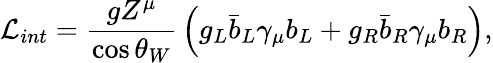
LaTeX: {\cal L}_{int}={\frac{gZ^{\mu}}{\cos\theta_{W}}}\left(g_{L}\bar{b}_{L}\gamma_{\mu}b_{L}+g_{R}\bar{b}_{R}\gamma_{\mu}b_{R}\right),